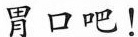
胃口吧!